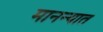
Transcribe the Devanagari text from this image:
मानन्यात